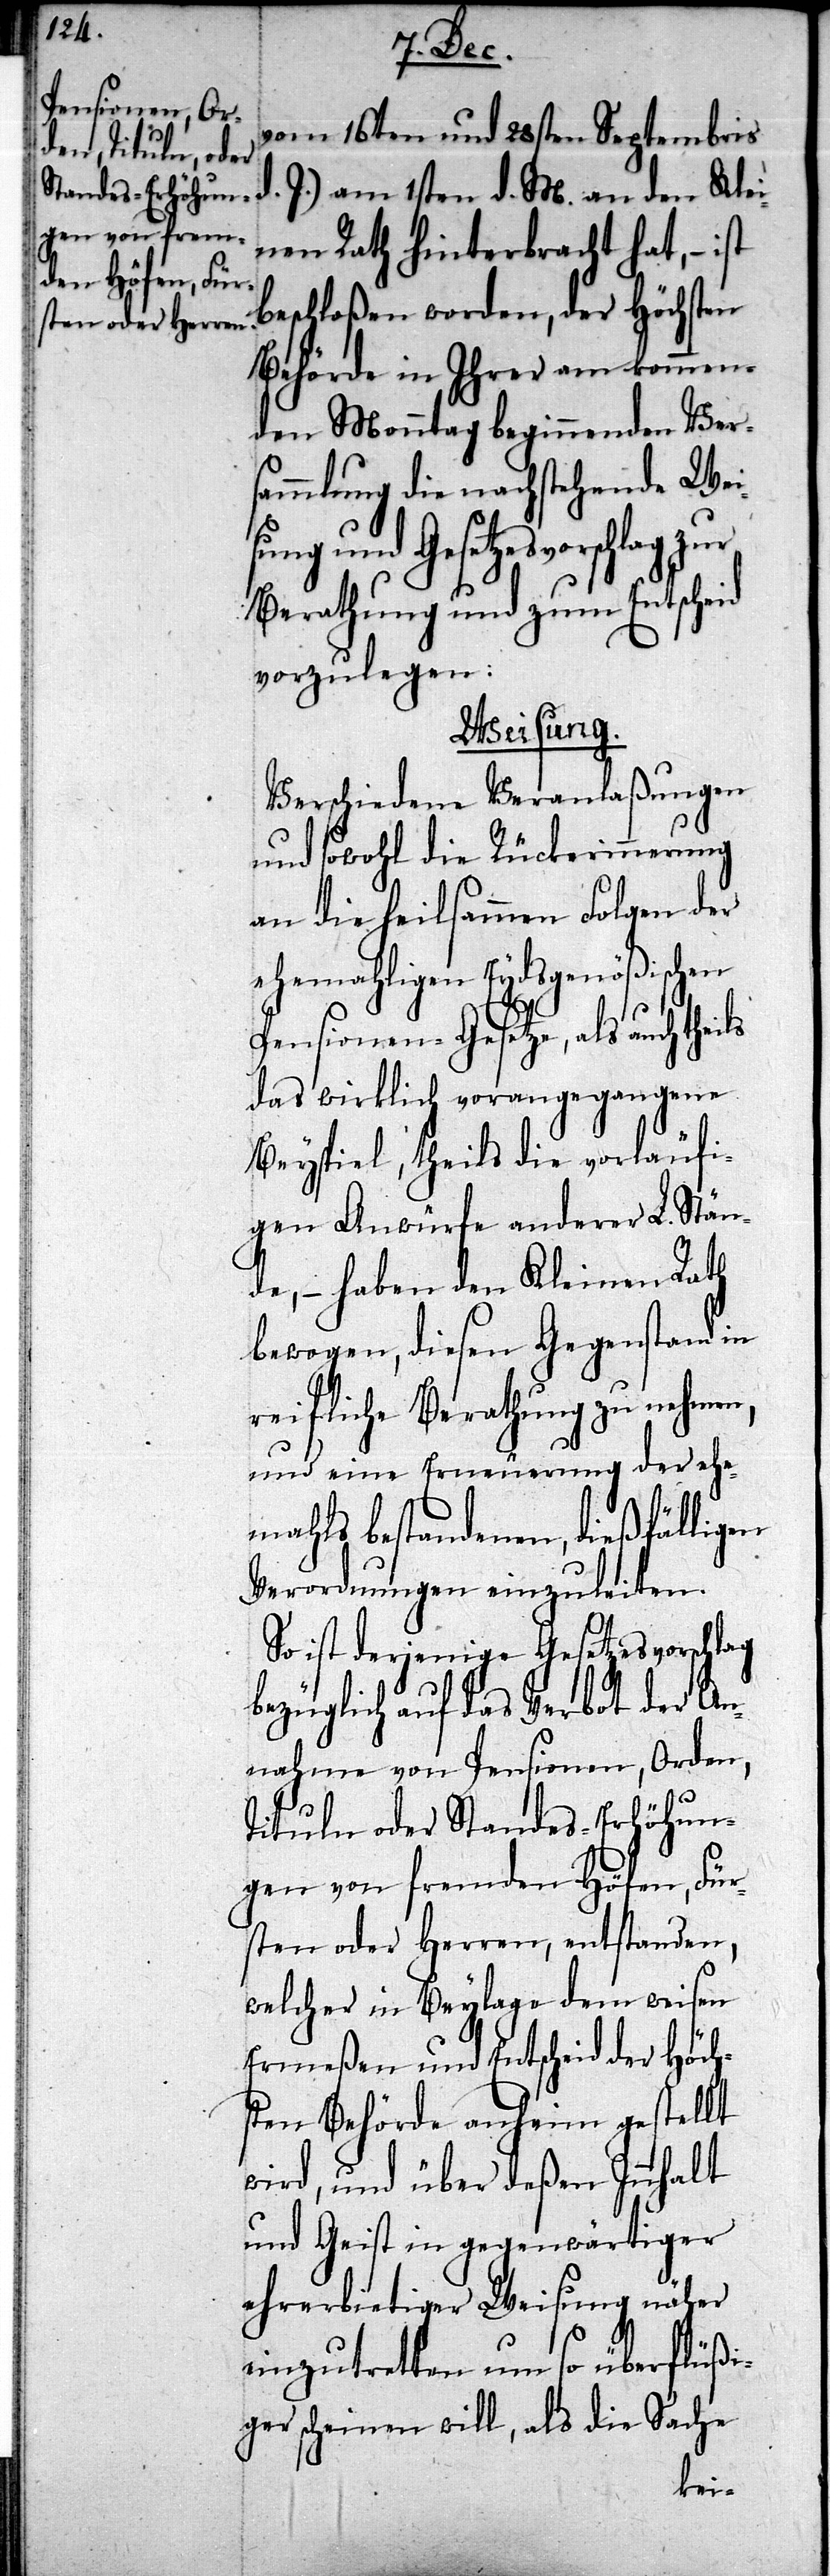
vom 16ten und 28sten Septembris
nen Rath hinterbracht hat, – ist
beschloßen worden, der Höchsten
Behörde in Ihrer am kommen¬
den Montag beginnenden Ver¬
sammlung die nachfolgende Wei¬
sung und Gesetzesvorschlag zur
Berathung und zum Entscheid
vorzulegen:
Weisung.
Verschiedene Veranlaßungen
und sowohl die Rückerinnerung
an die heilsammen Folgen der
ehemahligen Eydsgenößischen
Pensionen-Gesetze, als auch
das wirklich vorangegangene
Beyspiel, theils die vorläufi¬
gen Anwürfe anderer L. Stän¬
de, – haben den Kleinen Rath
bewogen, diesen Gegenstand in
reifliche Berathung zu nehmen,
und eine Erneuerung der ehe¬
mahls bestandenen, dießfälligen
Verordnungen einzuleiten.
So ist derjenige Gesetzesvorschlag
bezüglich auf das Verbot der An¬
nahme von Pensionen, Orden,
Tituln oder Standes-Erhöhun¬
gen von fremden Höfen, Für¬
sten oder Herren, entstanden,
welcher in Beylage dem weisen
Ermeßen und Entscheid der Höch¬
sten Behörde anheim gestellt
wird, und über deßen Innhalt
und Geist in gegenwärtiger
ehrerbietiger Weisung näher
einzutretten um so überflüßi¬
ger scheinen will, als die Sache
Klei¬